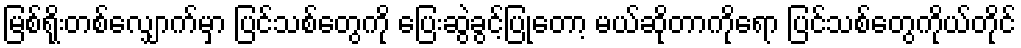
မြစ်ရိုးတစ်လျှောက်မှာ ပြင်သစ်တွေကို ပြေးဆွဲခွင့်ပြုတော့ မယ်ဆိုတာကိုရော ပြင်သစ်တွေကိုယ်တိုင်